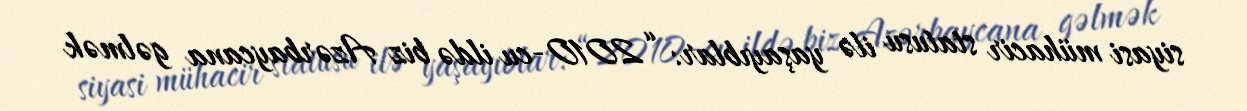
siyasi mühacir statusu ilə yaşayıblar: “2010-cu ildə biz Azərbaycana gəlmək